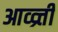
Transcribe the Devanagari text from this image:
आव्व्र्त्ती